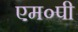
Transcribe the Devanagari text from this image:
एम०पी